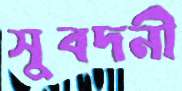
সুবদনী